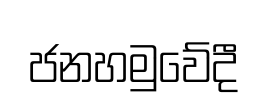
ජනහමුවේදී